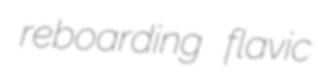
reboarding flavic